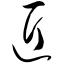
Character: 匠